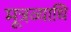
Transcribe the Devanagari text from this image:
मूत्रव्याधि